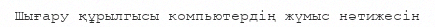
Шығару құрылгысы компьютердің жүмыс нәтижесін